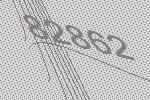
82862